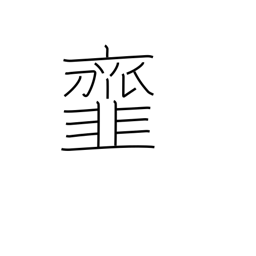
Meaning: dress (salad) vegetables